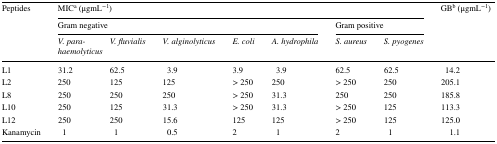
<table><thead><tr><td rowspan="3"><b>Peptides</b></td><td colspan="7"><b>MIC<sup>a</sup> (μgmL<sup>−1</sup>)</b></td><td rowspan="3"><b>GB<sup>b</sup> (μgmL<sup>−1</sup>)</b></td></tr><tr><td colspan="5"><b>Gram negative</b></td><td colspan="2"><b>Gram positive</b></td></tr><tr><td><b><i>V. parahaemolyticus</i></b></td><td><b><i>V. fluvialis</i></b></td><td><b><i>V. alginolyticus</i></b></td><td><b><i>E. coli</i></b></td><td><b><i>A. hydrophila</i></b></td><td><b><i>S. aureus</i></b></td><td><b><i>S. pyogenes</i></b></td></tr></thead><tbody><tr><td>L1</td><td>31.2</td><td>62.5</td><td>3.9</td><td>3.9</td><td>3.9</td><td>62.5</td><td>62.5</td><td>14.2</td></tr><tr><td>L2</td><td>250</td><td>125</td><td>125</td><td>&gt; 250</td><td>250</td><td>&gt; 250</td><td>250</td><td>205.1</td></tr><tr><td>L8</td><td>250</td><td>250</td><td>250</td><td>&gt; 250</td><td>31.3</td><td>250</td><td>250</td><td>185.8</td></tr><tr><td>L10</td><td>250</td><td>125</td><td>31.3</td><td>&gt; 250</td><td>31.3</td><td>&gt; 250</td><td>125</td><td>113.3</td></tr><tr><td>L12</td><td>250</td><td>250</td><td>15.6</td><td>125</td><td>125</td><td>&gt; 250</td><td>125</td><td>125.0</td></tr><tr><td>Kanamycin</td><td>1</td><td>1</td><td>0.5</td><td>2</td><td>1</td><td>2</td><td>1</td><td>1.1</td></tr></tbody></table>